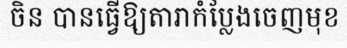
ចិន បានធ្វើឱ្យតារាកំប្លែងចេញមុខ